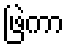
ဖြဲကာ